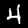
Label: 4